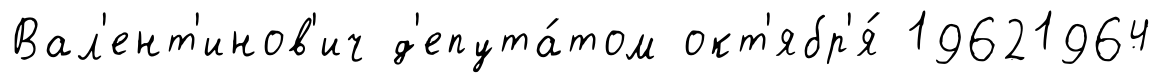
Вал'ент'инов'ич д'епута́том окт'ябр'я́ 19621964